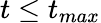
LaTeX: t\leq t_{max}